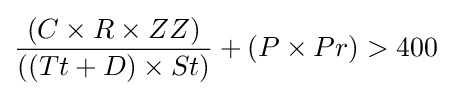
{\frac {(C\times R\times ZZ)}{((Tt+D)\times St)}}+(P\times Pr)>400